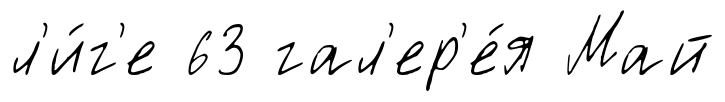
л'и́г'е 63 гал'ер'е́я Май